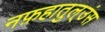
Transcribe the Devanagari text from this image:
नफ़हातुल्उंस